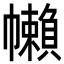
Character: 𢅭